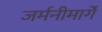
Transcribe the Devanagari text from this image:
जर्मनीमार्गे